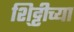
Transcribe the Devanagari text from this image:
शि्ट्टीच्या